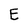
Character: E